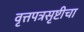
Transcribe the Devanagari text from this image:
वृत्तपत्रसृष्टीचा